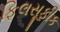
ફિલસૂફીક